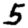
Digit: 5